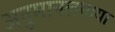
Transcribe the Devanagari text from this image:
अनुमानलगाया